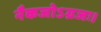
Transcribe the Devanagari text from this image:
नैकजोऽग्रजः।